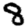
Digit: 8